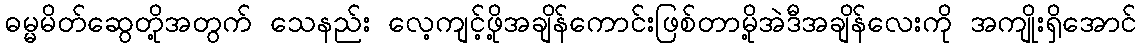
ဓမ္မမိတ်ဆွေတို့အတွက် သေနည်း လေ့ကျင့်ဖို့အချိန်ကောင်းဖြစ်တာမို့အဲဒီအချိန်လေးကို အကျိုးရှိအောင်